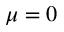
\mu = 0